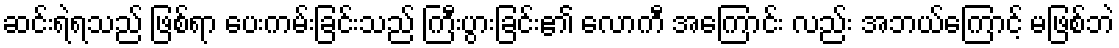
ဆင်းရဲရသည် ဖြစ်ရာ ပေးကမ်းခြင်းသည် ကြီးပွားခြင်း၏ လောကီ အကြောင်း လည်း အဘယ်ကြောင့် မဖြစ်ဘဲ